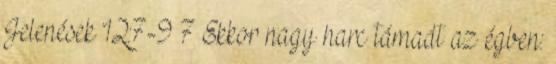
Jelenések 12:7-9 7 Ekkor nagy harc támadt az égben: